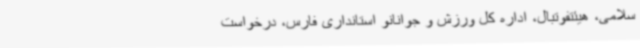
سلامی، هیئتفوتبال، اداره کل ورزش و جوانانو استانداری فارس، درخواست